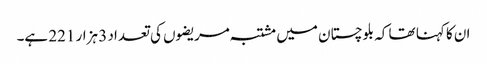
ان کا کہنا تھا کہ بلوچستان میں مشتبہ مریضوں کی تعداد 3 ہزار 221 ہے۔